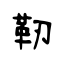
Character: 靭